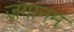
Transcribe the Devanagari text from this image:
जगानम